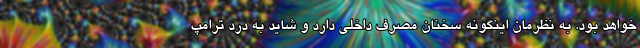
خواهد بود. به نظرمان اینگونه سخنان مصرف داخلی دارد و شاید به درد ترامپ